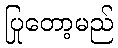
ပြုတော့မည်